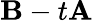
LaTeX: {\mathbf B}-t{\mathbf A}